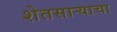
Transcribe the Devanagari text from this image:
शेतसार्‍याचा